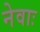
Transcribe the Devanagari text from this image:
नेवाः